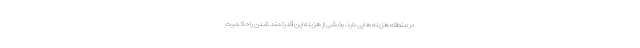
در منطقه هزینه هایی دارد. بخشی از هزینه این قدرتمند شدن را حاکمیت